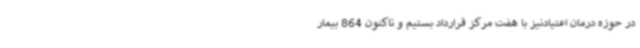
در حوزه درمان اعتیادنیز با هفت مرکز قرارداد بستیم و تاکنون 864 بیمار